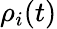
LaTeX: \rho_{i}(t)